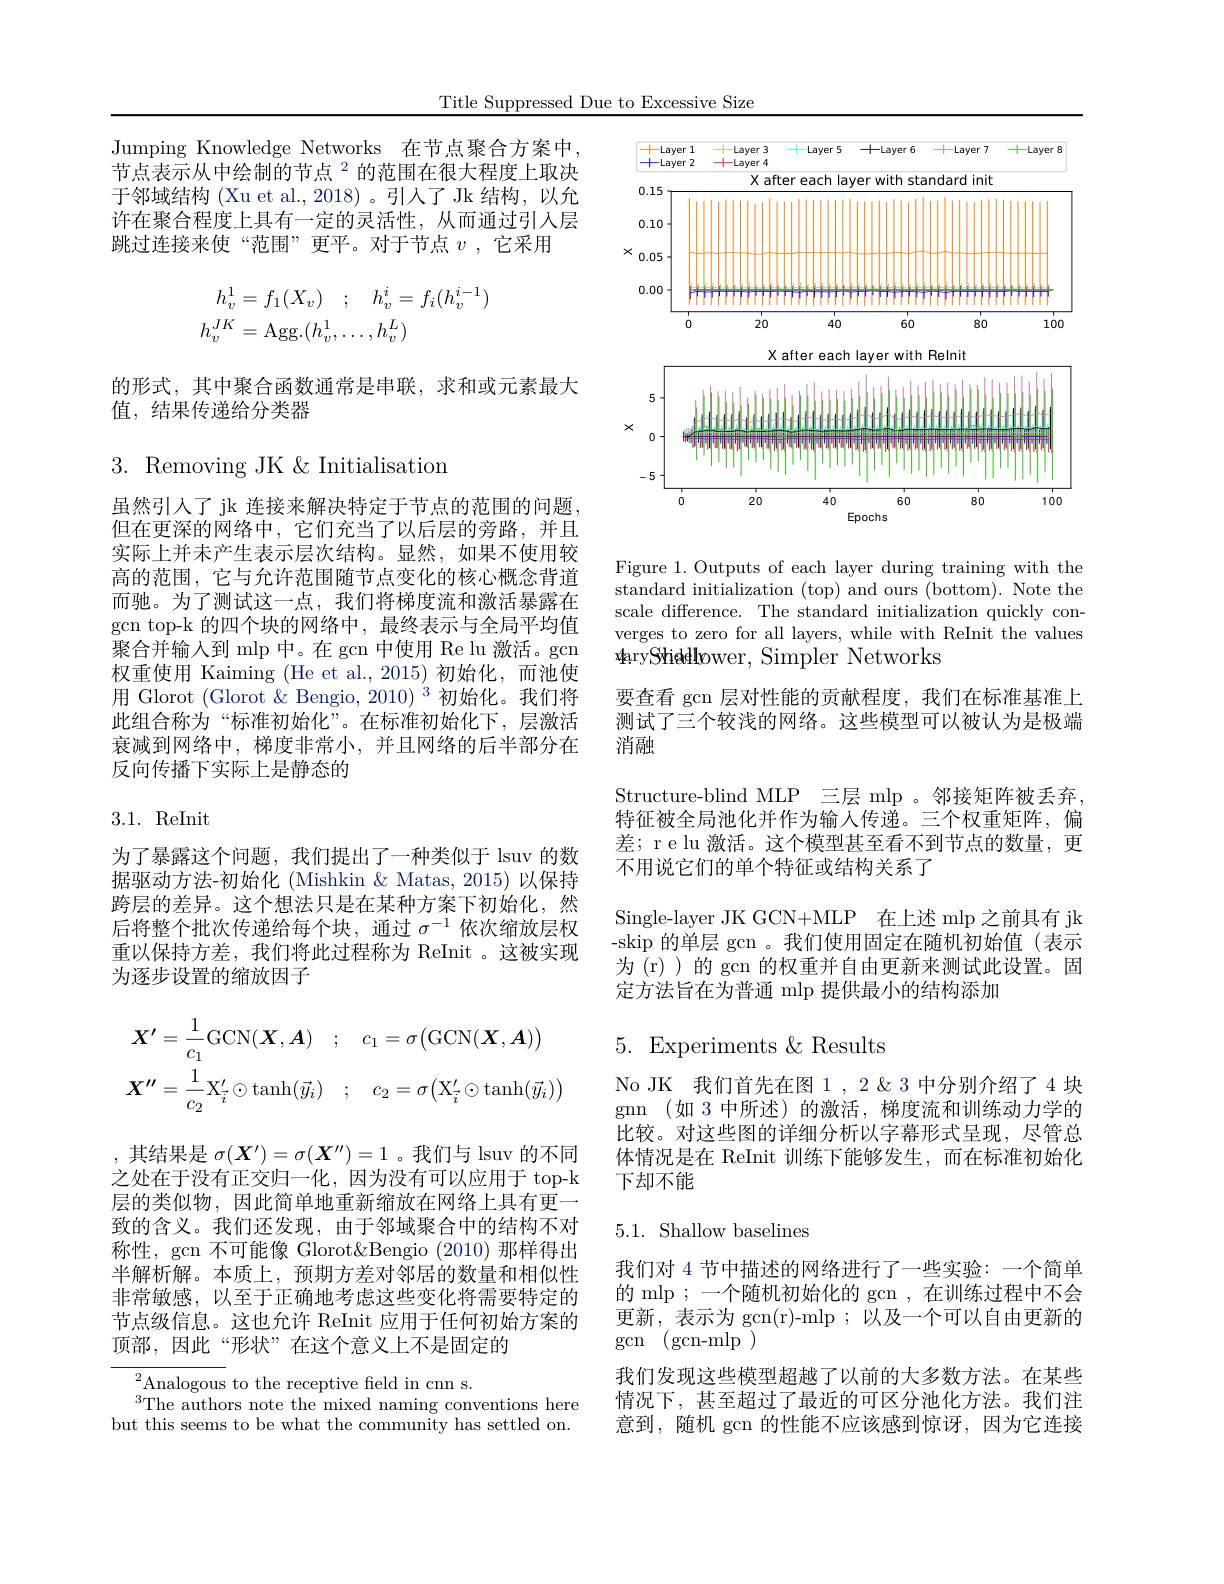
Title Suppressed Due to Excessive Size

Jumping Knowledge Networks 在节点聚合方案中节点表示从中绘制的节点$^2$的范围在很大程度上取决于邻域结构 (Xu et al., 2018) 。引人了 Jk 结构，以允许在聚合程度上具有一定的灵活性，从而通过引人层跳过连接来使“范围”更平。对于节点$v$ ,它采用
$$\begin{aligned}h_{v}^{1}&=f_{1}(X_{v})\quad;\quad h_{v}^{i}=f_{i}(h_{v}^{i-1})\\h_{v}^{JK}&=\mathrm{Agg.}(h_{v}^{1},\ldots,h_{v}^{L})\end{aligned}$$
的形式，其中聚合函数通常是串联，求和或元素最大
值，结果传递给分类器

$3.{\mathrm{~Removing~JK~\&~Initialisation}}$

虽然引人了 jk 连接来解决特定于节点的范围的问题， 但在更深的网络中，它们充当了以后层的旁路，并且实际上并未产生表示层次结构。显然，如果不使用较高的范围，它与允许范围随节点变化的核心概念背道而驰。为了测试这一点，我们将梯度流和激活暴露在gcn top-k 的四个块的网络中，最终表示与全局平均值聚合并输入到 mlp 中。在 gcn 中使用 Re lu 激活。gcn 权重使用 Kaiming (He et al.,2015)初始化，而池使用 Glorot (Glorot &Bengio, 2010)$^3$初始化。我们将此组合称为“标准初始化”。在标准初始化下，层激活衰减到网络中，梯度非常小，并且网络的后半部分在反向传播下实际上是静态的

3.1. ReInit

为了暴露这个问题，我们提出了一种类似于 lsuv 的数据驱动方法-初始化 (Mishkin & Matas, 2015) 以保持跨层的差异。这个想法只是在某种方案下初始化，然后将整个批次传递给每个块，通过$\sigma^{-1}$依次缩放层权重以保持方差，我们将此过程称为 ReInit 。这被实现为逐步设置的缩放因子
$$\boldsymbol{X}^{\prime}=\frac{1}{c_{1}}\mathrm{GCN}(\boldsymbol{X},\boldsymbol{A})\quad;\quad c_{1}=\sigma\big(\mathrm{GCN}(\boldsymbol{X},\boldsymbol{A})\big)\\\boldsymbol{X}^{\prime\prime}=\frac{1}{c_{2}}\mathrm{X}_{\vec{i}}^{\prime}\odot\mathrm{tanh}(\vec{y}_{i})\quad;\quad c_{2}=\sigma\big(\mathrm{X}_{\vec{i}}^{\prime}\odot\mathrm{tanh}(\vec{y}_{i})\big)$$
,其结果是 $\sigma(\boldsymbol X^\prime)=\sigma(\boldsymbol X^{\prime\prime})=1$ 。我们与 lsuv 的不同之处在于没有正交归一化，因为没有可以应用于 top-k 层的类似物，因此简单地重新缩放在网络上具有更一致的含义。我们还发现，由于邻域聚合中的结构不对称性，gcn 不可能像 Glorot&Bengio (2010) 那样得出半解析解。本质上，预期方差对邻居的数量和相似性非常敏感，以至于正确地考虑这些变化将需要特定的节点级信息。这也允许 ReInit 应用于任何初始方案的顶部，因此“形状”在这个意义上不是固定的
${}^{2}{\mathrm{Analogous~to~the~receptive~feld~in~cnn~s.}}$

$^{3}$The authors note the mixed naming conventions here but this seems to be what the community has settled on.

<FigureHere>

Figure 1. Outputs of each layer during training with the standard initialization (top) and ours (bottom). Note the scale difference. The standard initialization quickly converges to zero for all layers, while with ReInit the values daryShiedlower, Simpler Networks
要查看 gcn 层对性能的贡献程度，我们在标准基准上测试了三个较浅的网络。这些模型可以被认为是极端消融
Structure-blind MLP 三层 mlp 。邻接矩阵被丢弃， 特征被全局池化并作为输入传递。三个权重矩阵，偏差；r e lu 激活。这个模型甚至看不到节点的数量，更不用说它们的单个特征或结构关系了
Single-layer JK GCN+MLP 在上述 mlp 之前具有 jk -skip 的单层 gcn 。我们使用固定在随机初始值(表示为 (r) )的 gcn 的权重并自由更新来测试此设置。固定方法旨在为普通 mlp 提供最小的结构添加

# 5.Experiments &Results

No JK 我们首先在图 1 , 2 & 3 中分别介绍了 4 块gmn (如 3 中所述)的激活，梯度流和训练动力学的比较。对这些图的详细分析以字幕形式呈现，尽管总体情况是在 ReInit 训练下能够发生，而在标准初始化下却不能

## 5.1. Shallow baselines

我们对 4 节中描述的网络进行了一些实验：一个简单的 mlp ; 一个随机初始化的 gcn , 在训练过程中不会更新，表示为$\operatorname{gcn(r)-mlp};$以及一个可以自由更新的gcn$\pmod($gcn-mlp)
我们发现这些模型超越了以前的大多数方法。在某些情况下，甚至超过了最近的可区分池化方法。我们注意到，随机 gcn 的性能不应该感到惊讶，因为它连接